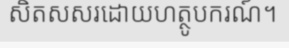
សិតសសរដោយហត្ថូបករណ៍។